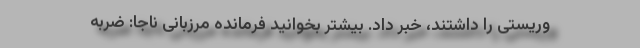
وریستی را داشتند، خبر داد. بیشتر بخوانید فرمانده مرزبانی ناجا: ضربه